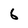
Character: 6